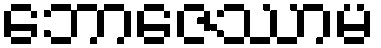
ဘောဇေဿာမ